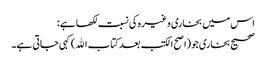
اس میں بخاری وغیرہ کی نسبت لکھا ہے:
صحیح بخاری جو(اصح الکتب بعد کتاب الله)کہی جاتی ہے۔